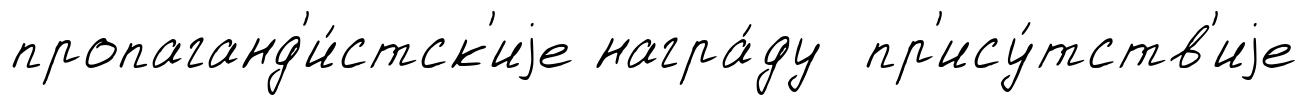
пропаганд'и́стск'иjе награ́ду пр'ису́тств'иjе